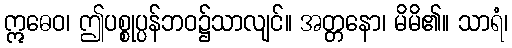
ဣဓေဝ၊ ဤပစ္စုပ္ပန်ဘဝ၌သာလျင်။ အတ္တနော၊ မိမိ၏။ သာရံ၊